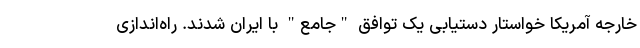
خارجه آمریکا خواستار دستیابی یک توافق "جامع" با ایران شدند. راه‌اندازی